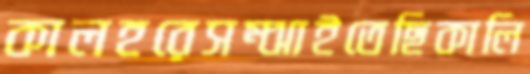
কালহরেসম্‌ঝাইতেছিকালি